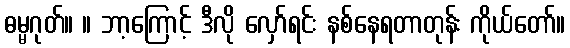
ဓမ္မဂုတ်။ ။ ဘာ့ကြောင့် ဒီလို လှော်ရင်း နစ်နေရတာတုန်း ကိုယ်တော်။